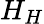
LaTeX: H_{H}